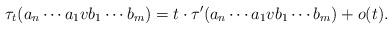
LaTeX: \begin{align*}\tau_t(a_n\cdots a_1vb_1\cdots b_m)= t\cdot \tau'(a_n\cdots a_1vb_1\cdots b_m)+o(t).\end{align*}